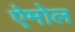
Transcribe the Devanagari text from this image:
ऐमोल